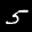
Label: 5